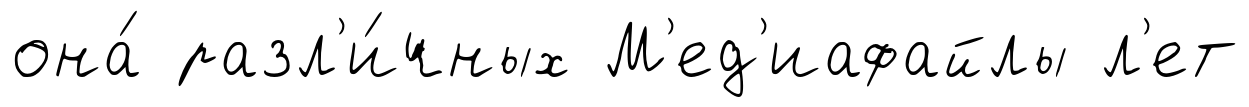
она́ разл'и́чных М'ед'иафайлы л'ет